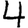
Digit: 4